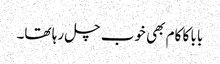
بابا کا کام بھی خوب چل رہا تھا۔